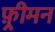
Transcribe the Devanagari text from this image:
फ़्रीमन